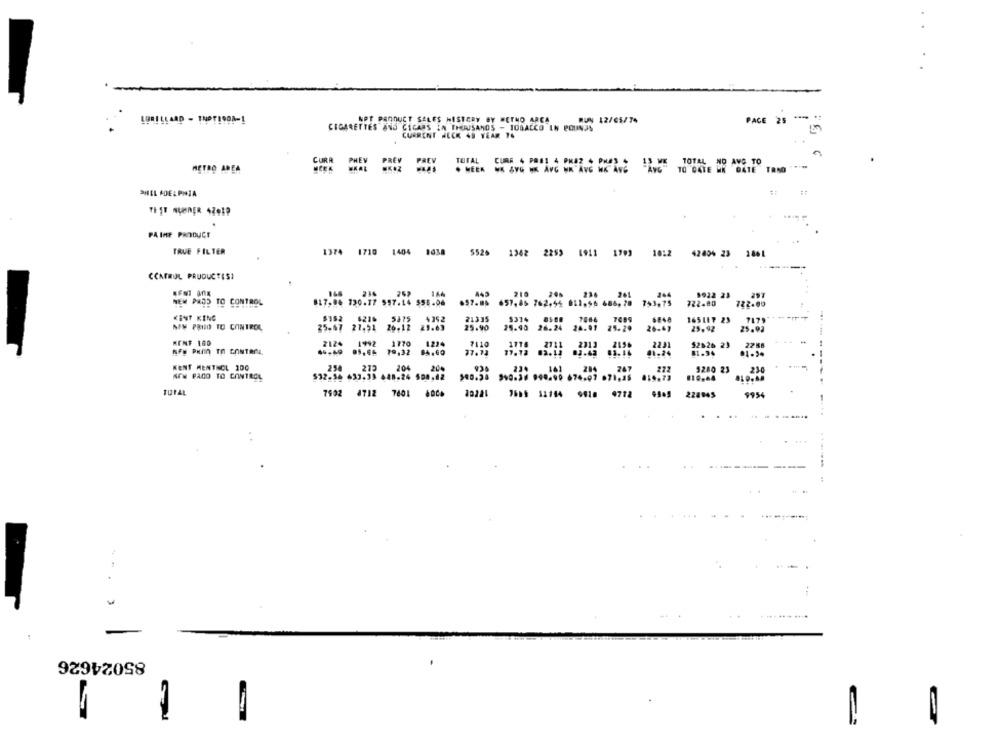
NPT PRODUCT SALES HISTORY BY #ETNO AREA
RUY 12/05/74
PACE
25
CIGARETTES AND CICARS IN THOUSANDS - TOBACCO IN POUNDS
CURRENT HECK 49 YEAR 74
TOTAL CURR 4 PRE1 4 PMAZ 4 PHAS + 13 WE
TOTAL NO AVG TO
METRO AREA
. HEEK
AVG
TO DATE HK DATE
TRND
BNIL ADELPHIA
##
PAINE PRODUCT
TRUE FILTER
1374
1710
1404
5526
1362
2259 4911 1793
1012
42604 23 1861
CCAFRUL PRUDUCTISI
210
NEM PROS TO CONTROL
817.04 730.77 597.14 555.06
743,75
722.80
KENT KING
6216
21335
$374
6848
165LE7 23
NEM PRIID TO CONTROL
25.67 21,51
25.90
25.40 26.24
26.67
25,92
KENT 180
1992
1770
1224
2124
7110
52026 23
AFg PHAN TO CONTROL
4 .- 49
19,32
77.13
KENT MENTHOL 100
254
213
204
200
5280 23
230
AFW PACO TO CONTROL
532-34 633.33 448.24 500,12
7992
4712
7801
20221
7665 12184 9410 9772
228845
$954
. .
85024626